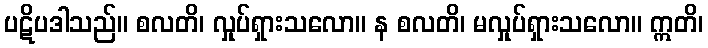
ပဋိပဒါသည်။ စလတိ၊ လှုပ်ရှားသလော။ န စလတိ၊ မလှုပ်ရှားသလော။ ဣတိ၊